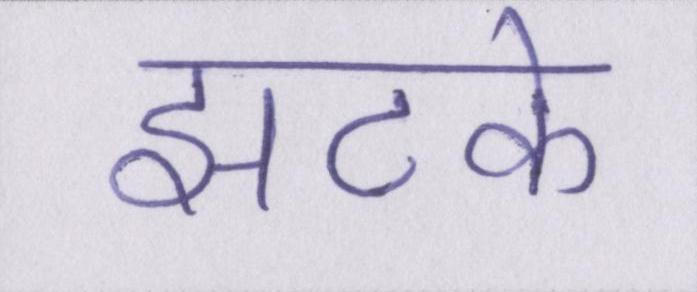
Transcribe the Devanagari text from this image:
झटके